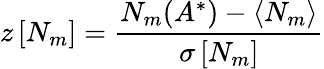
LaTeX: z\left[N_{m}\right]=\frac{N_{m}(A^{*})-\langle N_{m}\rangle}{\sigma\left[N_{m}\right]}